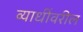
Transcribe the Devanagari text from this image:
व्याधींवरील